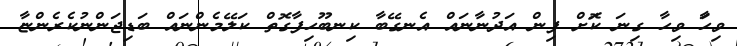
ވިހަަާ ވިހާ ގިނަ ކޮަަށް ފިން އަދުނާނައް އެނގޭބާ ކިނބޫހިފާގޮތް ކަލޭމެންނައް ބަޑިޖަންނުކެރެންޏާ